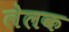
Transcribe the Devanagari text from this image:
लेलक